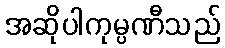
အဆိုပါကုမ္ပဏီသည်